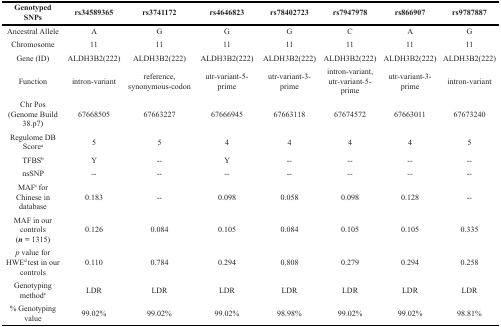
<table><thead><tr><td><b>Genotyped SNPs</b></td><td><b>rs34589365</b></td><td><b>rs3741172</b></td><td><b>rs4646823</b></td><td><b>rs78402723</b></td><td><b>rs7947978</b></td><td><b>rs866907</b></td><td><b>rs9787887</b></td></tr></thead><tbody><tr><td>Ancestral Allele</td><td>A</td><td>G</td><td>G</td><td>G</td><td>C</td><td>A</td><td>G</td></tr><tr><td>Chromosome</td><td>11</td><td>11</td><td>11</td><td>11</td><td>11</td><td>11</td><td>11</td></tr><tr><td>Gene (ID)</td><td>ALDH3B2(222)</td><td>ALDH3B2(222)</td><td>ALDH3B2(222)</td><td>ALDH3B2(222)</td><td>ALDH3B2(222)</td><td>ALDH3B2(222)</td><td>ALDH3B2(222)</td></tr><tr><td>Function</td><td>intron-variant</td><td>reference, synonymous-codon</td><td>utr-variant-5-prime</td><td>utr-variant-3-prime</td><td>intron-variant, utr-variant-5-prime</td><td>utr-variant-3-prime</td><td>intron-variant</td></tr><tr><td>Chr Pos (Genome Build 38.p7)</td><td>67668505</td><td>67663227</td><td>67666945</td><td>67663118</td><td>67674572</td><td>67663011</td><td>67673240</td></tr><tr><td>Regulome DB Score<sup>a</sup></td><td>5</td><td>5</td><td>4</td><td>4</td><td>4</td><td>4</td><td>5</td></tr><tr><td>TFBS<sup>b</sup></td><td>Y</td><td>--</td><td>Y</td><td>--</td><td>--</td><td>--</td><td>--</td></tr><tr><td>nsSNP</td><td>--</td><td>--</td><td>--</td><td>--</td><td>--</td><td>--</td><td>--</td></tr><tr><td>MAF<sup>c</sup> for Chinese in database</td><td>0.183</td><td>--</td><td>0.098</td><td>0.058</td><td>0.098</td><td>0.128</td><td>--</td></tr><tr><td>MAF in our controls (n = 1315)</td><td>0.126</td><td>0.084</td><td>0.105</td><td>0.084</td><td>0.105</td><td>0.105</td><td>0.335</td></tr><tr><td><i>p</i> value for HWE<sup>d</sup> test in our controls</td><td>0.110</td><td>0.784</td><td>0.294</td><td>0.808</td><td>0.279</td><td>0.294</td><td>0.258</td></tr><tr><td>Genotyping method<sup>e</sup></td><td>LDR</td><td>LDR</td><td>LDR</td><td>LDR</td><td>LDR</td><td>LDR</td><td>LDR</td></tr><tr><td>% Genotyping value</td><td>99.02%</td><td>99.02%</td><td>99.02%</td><td>98.98%</td><td>99.02%</td><td>99.02%</td><td>98.81%</td></tr></tbody></table>